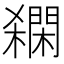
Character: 𨶓